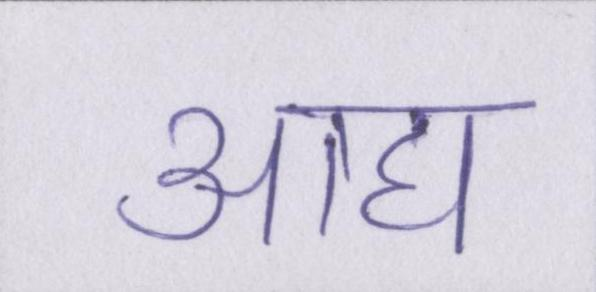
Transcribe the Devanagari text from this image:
आद्य